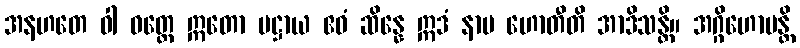
အနဟတေ ဝါ ဝတ္ထေ ဣတော ပဋ္ဌာယ ဧဝံ ဆိန္နေ ဣဒံ နာမ ဟောတီတိ အာဒိသန္တိ။ အဂ္ဂိဟောမန္တိ